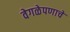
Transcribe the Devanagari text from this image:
वेगळेपणाचे